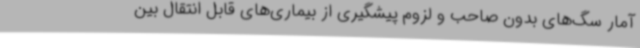
آمار سگ‌های بدون صاحب و لزوم پیشگیری از بیماری‌های قابل انتقال بین